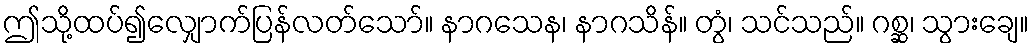
ဤသို့ထပ်၍လျှောက်ပြန်လတ်သော်။ နာဂသေန၊ နာဂသိန်။ တွံ၊ သင်သည်။ ဂစ္ဆ၊ သွားချေ။